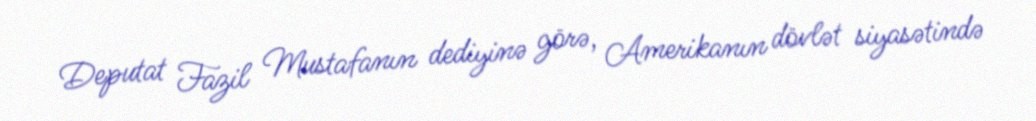
Deputat Fazil Mustafanın dediyinə görə, Amerikanın dövlət siyasətində